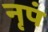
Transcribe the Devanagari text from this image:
नृपं